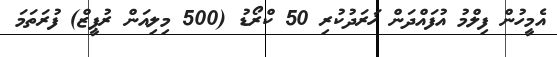
އެމީހުން ފިލްމު އުފައްދަން ޚަރަދުކުރި 50 ކްރޯޑު (500 މިލިއަން ރުޕީޒް) ފުރަތަމަ